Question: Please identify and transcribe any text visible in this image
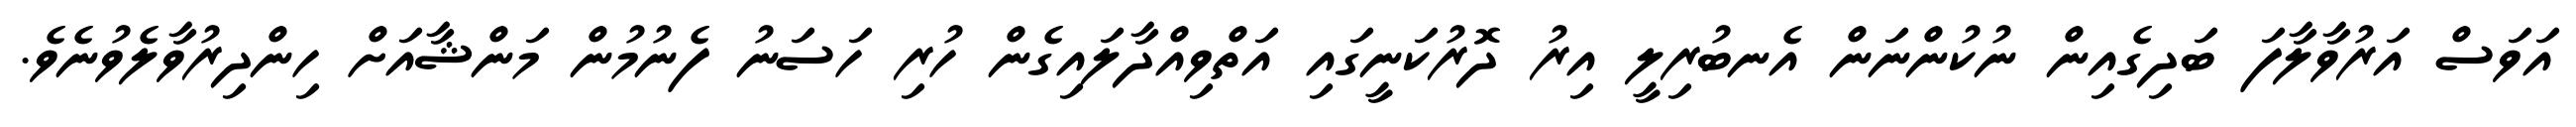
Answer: އަވަސް އަރުވާލާފަ ބަދިގެއިން ނުކުންނަން އެނބުރިލީ އިރު ދޮރުކަނީގައި އަތްވިއްދާލައިގެން ހުރި ހަސަނު ފެނުމުން މަންޝާއަށް ހިންދިރުވާލެވުނެވެ.